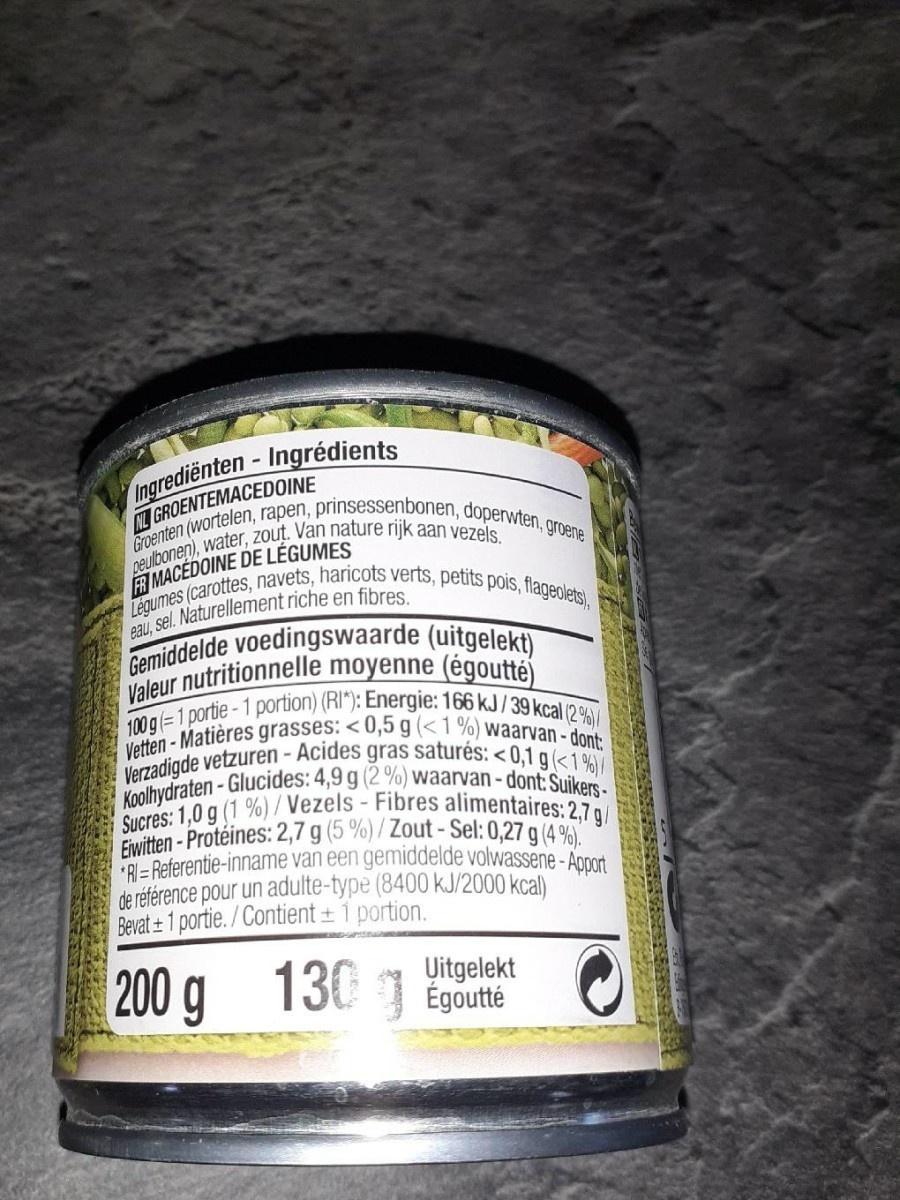
Ingrediënten - Ingrédients NL GROENTEMACEDOINE peulbonen), water, zout. Van nature rijk aan vezels.
Groenten (wortelen, rapen, prinsessenbonen, doperwten, groene Légumes (carottes, navets, haricots verts, petits pois, flageolets),
A MACEDOINE DE LÉGUMES
eR sel. Naturellement riche en fibres.
Gemiddelde voedingswaarde (uitgelekt)
aleur nutritionnelle moyenne (égoutté)
100 g(=1 portie-1 portion) (RI*): Energie: 166 kJ/39 kcal (2 %)/ Vetten-Matières grasses: < 0,5 g (<1%) waarvan - dont: Verzadigde vetzuren- Acides gras saturés: < 0,1g<1%)/ Koolhydraten-Glucides: 4,9 g (2 %) waarvan-dont: Suikers- Sucres: 1,0 g (1 %) / Vezels - Fibres alimentaires: 2,7 g/ Eiwitten-Protéines: 2,7 g (5 %) / Zout -Sel: 0,27 g (4 %). RI=Referentie-inname van een gemiddelde volwassene -Apport de référence pour un adulte-type (8400 kJ/2000 kcal) Bevat + 1 portie. / Contient ± 1 portion.
200 g 130 Egoute
Uitgelekt